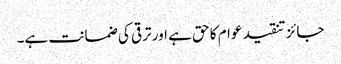
جائز تنقید عوام کا حق ہے اور ترقی کی ضمانت ہے۔